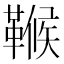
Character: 𩌖